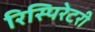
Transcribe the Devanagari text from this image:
रिस्पिरेटरी